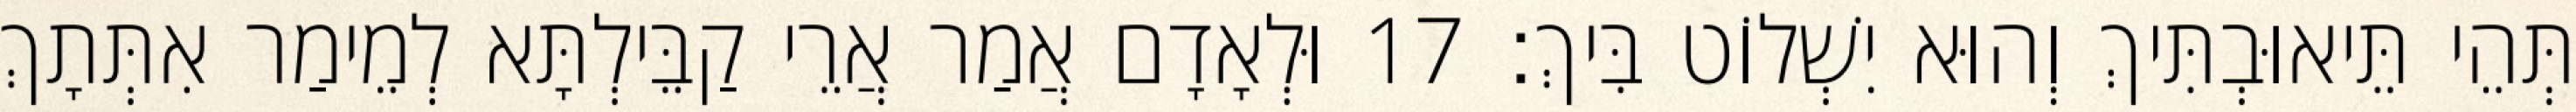
תְּהֵי תֵּיאוּבְתִּיךְ וְהוּא יִשְׁלוֹט בִּיךְ׃ 17 וּלְאָדָם אֲמַר אֲרֵי קַבֵּילְתָּא לְמֵימַר אִתְּתָךְ